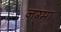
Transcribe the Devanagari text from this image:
नग्मा